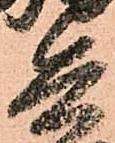
兵